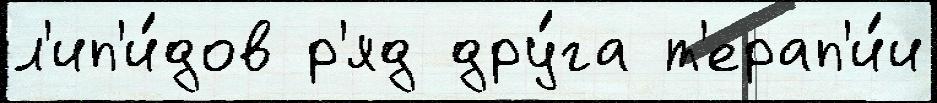
л'ип'и́дов р'яд дру́га т'ерап'и́и